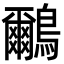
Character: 鸍